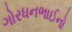
ગોરધનભાઈનો